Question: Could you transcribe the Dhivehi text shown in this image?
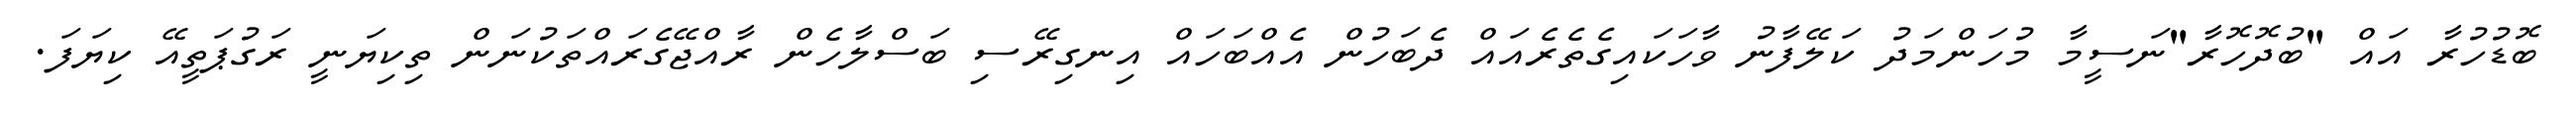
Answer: ބޮޑުހުރާ އައް "ބުދޮހޮރާ"ނަސީމާ މުހަންމަދު ކަލޭފާނު ވާހަކައިގެތެރެއައް ދެބަހުން އެއްބަހައް އިނގިރޭސި ބަސްލާހެން ރާއްޖޭގެރައްތަކުނަން ތިކިޔަނީ ރަގުޕަތީއޭ ކިޔަފަ.